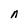
Character: n